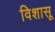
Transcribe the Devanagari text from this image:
विशासू